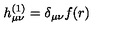
h _ { \mu \nu } ^ { ( 1 ) } = \delta _ { \mu \nu } f ( r )